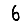
Digit: 6